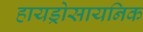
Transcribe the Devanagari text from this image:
हायड्रोसायनिक